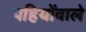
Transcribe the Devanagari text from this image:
पहियोंवाले